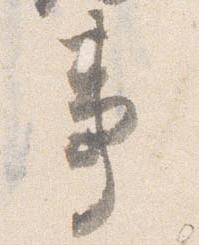
事